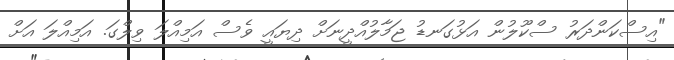
"އިސްކަންދަރު ސްކޫލުން އަޅުގަނޑު ޖަމާލުއްދީނަށް ދިޔައީ ވެސް އަމިއްލަ ވިލްގަ. އަމިއްލަ އަށް